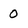
Character: 0